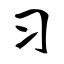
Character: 习